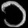
Digit: ၁